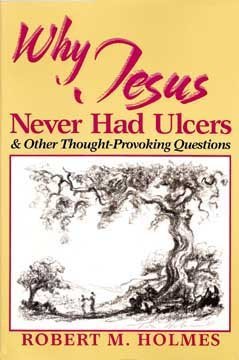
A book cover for Why Jesus Never Had Ulcers and Other Thought-Provoking Questions; Robert M. Holmes; Health, Fitness & Dieting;